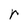
Character: r